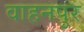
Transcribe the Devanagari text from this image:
वाहनपुर